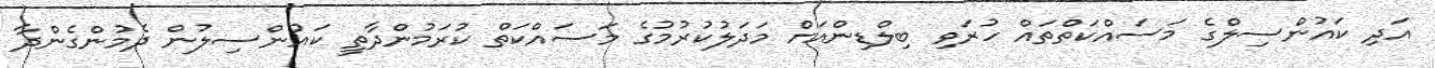
އަދި ކައުންސިލްގެ މަސައްކަތްތައް ހުރަވި ބިލްޑިންއަށް މަދަލުކުރުމުގެ މަސައްކަތް ކުރަމުންދާތީ ކައުންސިލުން ދެމުންގެންދާ